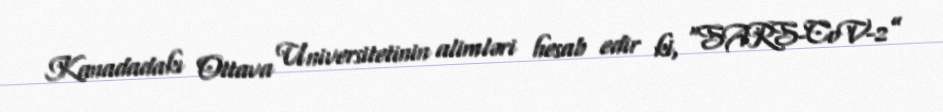
Kanadadakı Ottava Universitetinin alimləri hesab edir ki, “SARS-CoV-2”